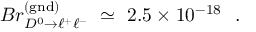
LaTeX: { \cal B } r _ { D ^ { 0 } \to \ell ^ { + } \ell ^ { - } } ^ { \mathrm { ( g n d ) } } \ \simeq \ 2 . 5 \times 1 0 ^ { - 1 8 } \ \ .